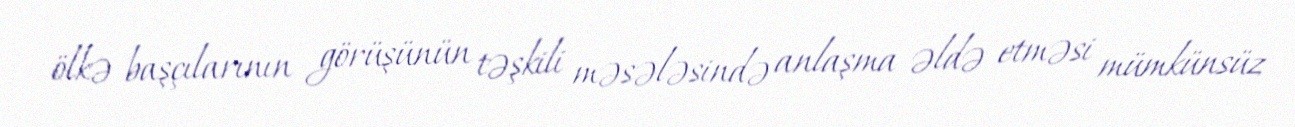
ölkə başçılarının görüşünün təşkili məsələsində anlaşma əldə etməsi mümkünsüz